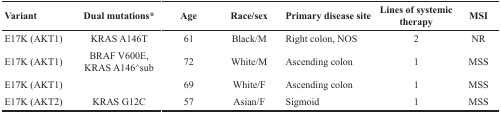
<table><thead><tr><td><b>Variant</b></td><td><b>Dual mutations*</b></td><td><b>Age</b></td><td><b>Race/Sex</b></td><td><b>Primary disease site</b></td><td><b>Lines of systemic therapy</b></td><td><b>MSI</b></td></tr></thead><tbody><tr><td>E17K (AKT1)</td><td>KRAS A146T</td><td>61</td><td>Black/M</td><td>Right colon, NOS</td><td>2</td><td>NR</td></tr><tr><td>E17K (AKT1)</td><td>BRAF V600E, KRAS A146^sub</td><td>72</td><td>White/M</td><td>Ascending colon</td><td>1</td><td>MSS</td></tr><tr><td>E17K (AKT1)</td><td>[EMPTY_CELL]</td><td>69</td><td>White/F</td><td>Ascending colon</td><td>1</td><td>MSS</td></tr><tr><td>E17K (AKT2)</td><td>KRAS G12C</td><td>57</td><td>Asian/F</td><td>Sigmoid</td><td>1</td><td>MSS</td></tr></tbody></table>